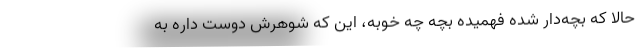
حالا که بچه‌دار شده فهمیده بچه چه خوبه، این که شوهرش دوست داره به